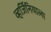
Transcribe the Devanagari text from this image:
व्हर्जिनियाला